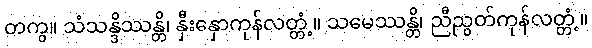
တကွ။ သံသန္ဒိဿန္တိ၊ နှီးနှောကုန်လတ္တံ့။ သမေဿန္တိ၊ ညီညွတ်ကုန်လတ္တံ့။